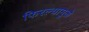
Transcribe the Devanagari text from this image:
फिरल्यामुळे